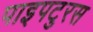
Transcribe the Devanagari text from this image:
पाइपटुरस